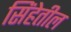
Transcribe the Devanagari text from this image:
सिंहेतील